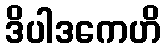
ဒိပါဒကေဟိ